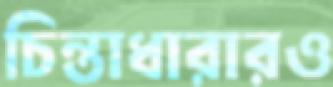
চিন্তাধারারও